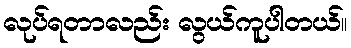
လုပ်ရတာလည်း လွယ်ကူပါတယ်။